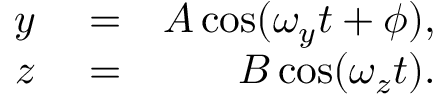
\begin{array} { r l r } { y } & { { } = } & { A \cos ( \omega _ { y } t + \phi ) , } \\ { z } & { { } = } & { B \cos ( \omega _ { z } t ) . } \end{array}